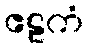
ဧဠကံ